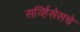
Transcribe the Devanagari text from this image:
सर्व्हिसेसचे